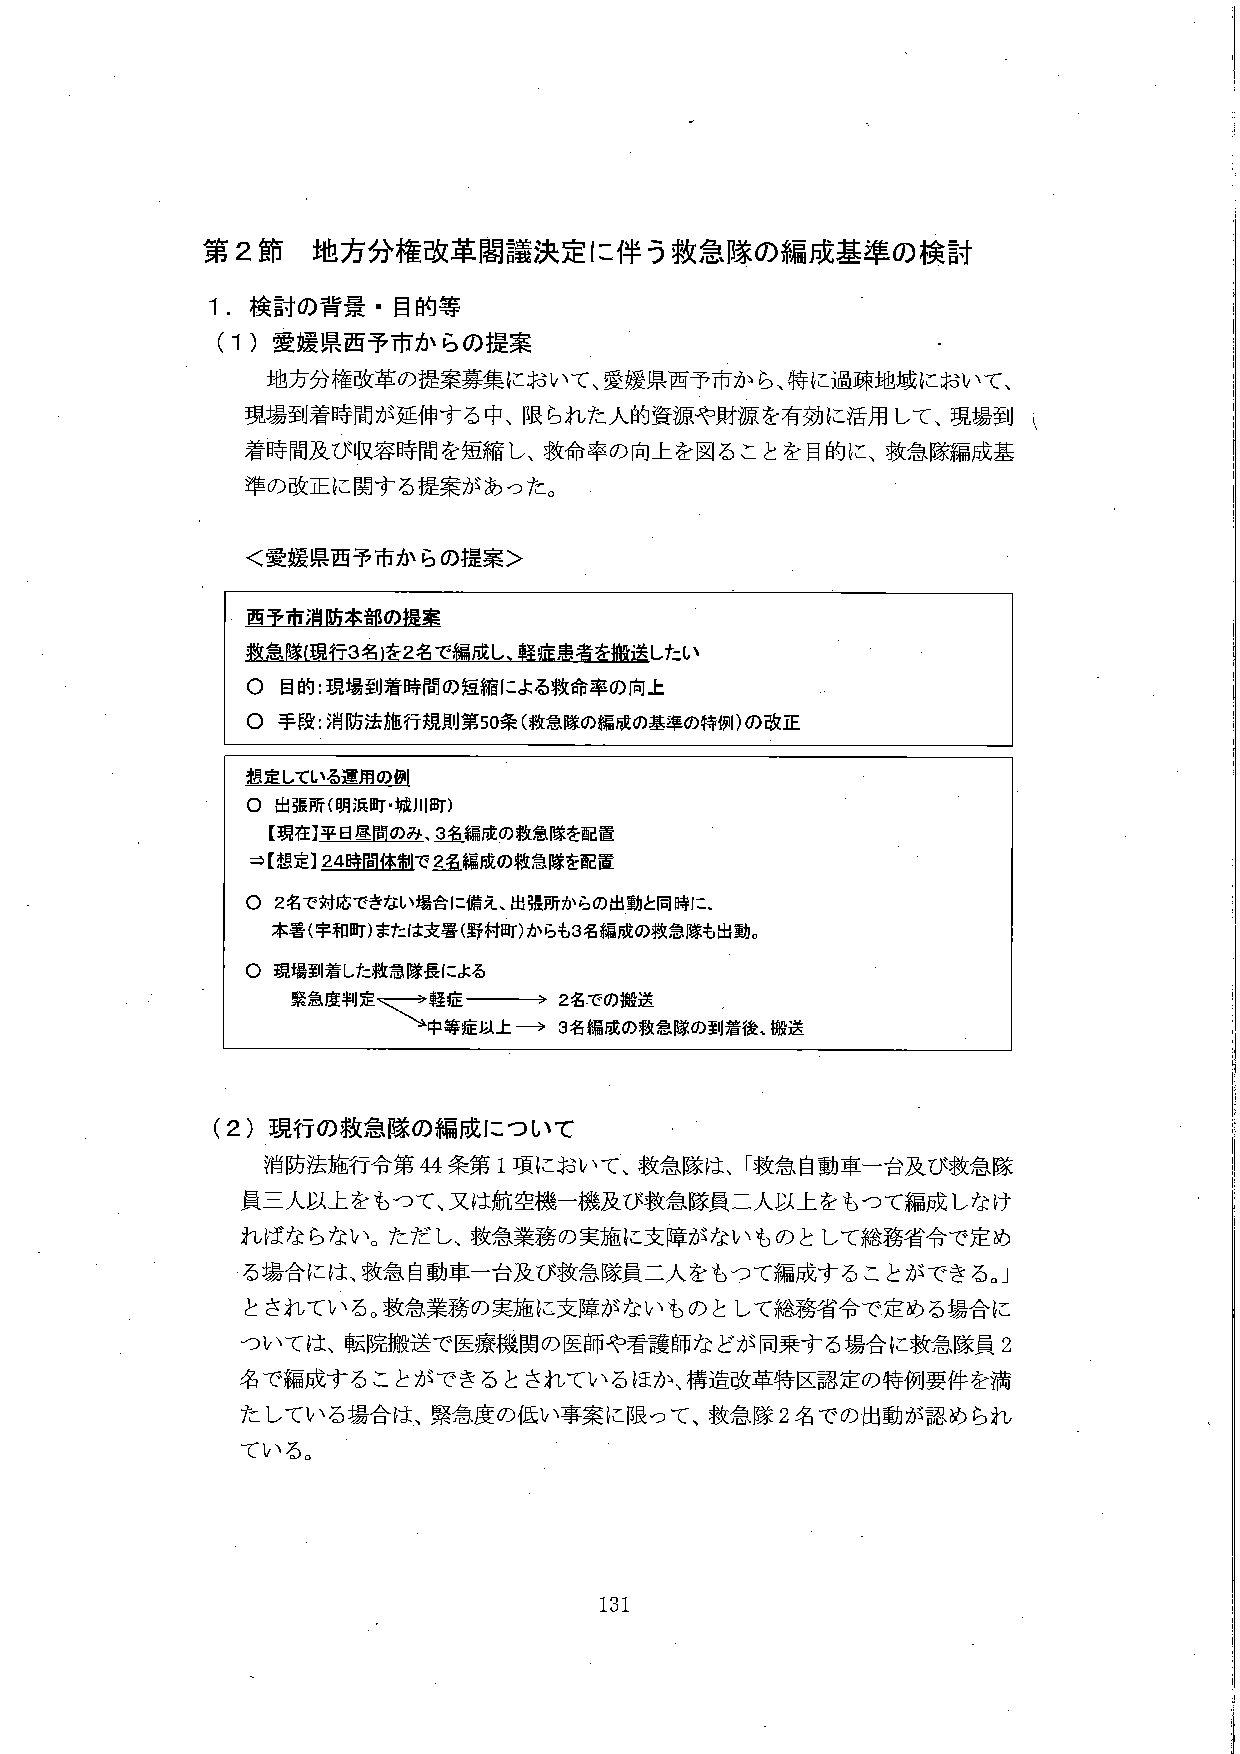
第２節 地方分権改革閣議決定に伴う救急隊の編成基準の検討

１．検討の背景・目的等

（１）愛媛県西予市からの提案

地方分権改革の提案募集において、愛媛県西予市から、特に過疎地域において、
現場到着時間が延伸する中、限られた人的資源や財源を有効に活用して、現場到
着時間及び収容時間を短縮し、救命率の向上を図ることを目的に、救急隊編成基
準の改正に関する提案があった。

＜愛媛県西予市からの提案＞

西予市消防本部の提案
救急隊（現行3名を2名で編成し、軽症患者を搬送したい
〇 目的：現場到着時間の短縮による救命率の向上
〇 手段：消防法施行規則第50条（救急隊の編成の基準の特例）の改正

想定している運用の例
〇 出張所（明浜町・城川町）
【現在】平日昼間のみ、3名編成の救急隊を配置
⇒【想定】24時間体制で2名編成の救急隊を配置
〇 2名で対応できない場合に備え、出張所からの出動と同時に、
本署（宇和町）または支署（野村町）からも3名編成の救急隊も出動。
〇 現場到着した救急隊長による
緊急度判定 ←→ 軽症 → 2名での搬送
　　　　　　　　　　中等症以上 → 3名編成の救急隊の到着後、搬送

（２）現行の救急隊の編成について

消防法施行令第44条第1項において、救急隊は、「救急自動車一台及び救急隊
員三人以上をもつて、又は航空機一機及び救急隊員二人以上をもつて編成しなけ
ればならない。ただし、救急業務の実施に支障がないものとして総務省令で定め
る場合には、救急自動車一台及び救急隊員二人をもつて編成することができる。」
とされている。救急業務の実施に支障がないものとして総務省令で定める場合に
ついては、転院搬送で医療機関の医師や看護師などが同乗する場合に救急隊員2
名で編成することができるとしているほか、構造改革特区認定の特例要件を満
たしている場合は、緊急度の低い事案に限って、救急隊2名での出動が認められ
ている。

131